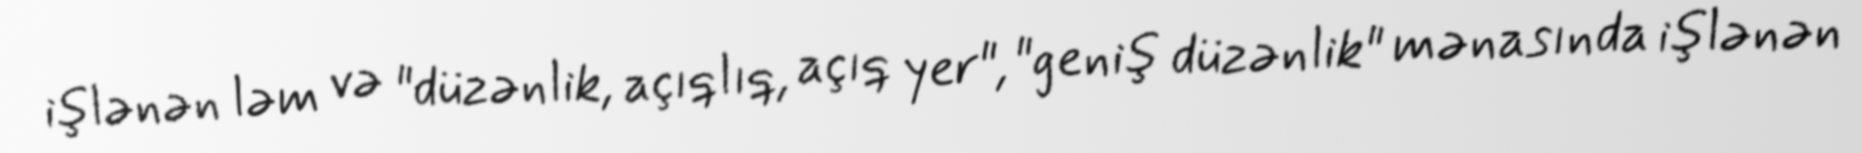
işlənən ləm və "düzənlik, açıqlıq, açıq yer", "geniş düzənlik" mənasında işlənən